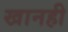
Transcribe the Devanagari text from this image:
खानही